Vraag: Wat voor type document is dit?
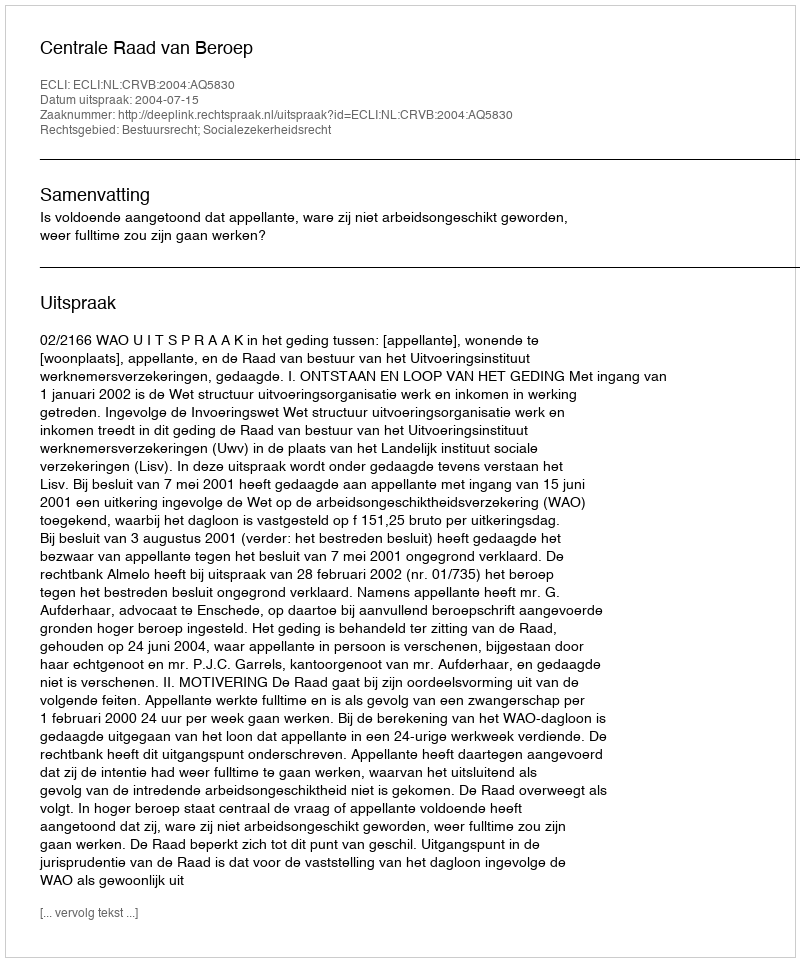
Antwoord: Uitspraak